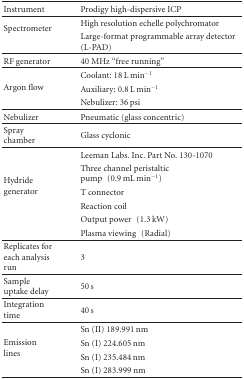
| Instrument | Prodigy high-dispersive ICP |
 | --- | --- |
 | <ROWSPAN=2> Spectrometer | High resolution echelle polychromator |
 | Large-format programmable array detector (L-PAD) |
 | RF generator | 40 MHz “free running” |
 | <ROWSPAN=3> Argon flow | Coolant: 18 L min−1 |
 | Auxiliary: 0.8 L min−1 |
 | Nebulizer: 36 psi |
 | Nebulizer | Pneumatic (glass concentric) |
 | Spray chamber | Glass cyclonic |
 | <ROWSPAN=6> Hydride generator | Leeman Labs. Inc. Part No. 130-1070 |
 | Three channel peristaltic pump (0.9 mL min−1) |
 | T connector |
 | Reaction coil |
 | Output power (1.3 kW) |
 | Plasma viewing (Radial) |
 | Replicates for each analysis run | 3 |
 | Sample uptake delay | 50 s |
 | Integration time | 40 s |
 | <ROWSPAN=4> Emission lines | Sn (II) 189.991 nm |
 | Sn (I) 224.605 nm |
 | Sn (I) 235.484 nm |
 | Sn (I) 283.999 nm |